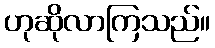
ဟုဆိုလာကြသည်။